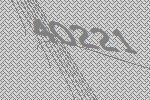
40221